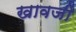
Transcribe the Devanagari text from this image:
खावजी